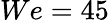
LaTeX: We=45